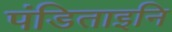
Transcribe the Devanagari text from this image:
पंडिताइनि